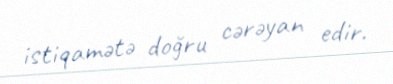
istiqamətə doğru cərəyan edir.